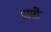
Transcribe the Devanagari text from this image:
प्राप्ती